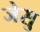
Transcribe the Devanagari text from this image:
जेसु